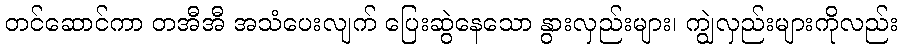
တင်ဆောင်ကာ တအီအီ အသံပေးလျက် ပြေးဆွဲနေသော နွားလှည်းများ၊ ကျွဲလှည်းများကိုလည်း